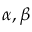
\alpha , \beta